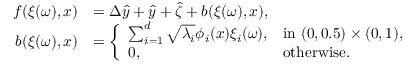
\begin{array} { r l } { f ( \xi ( \omega ) , x ) } & { = \Delta \hat { y } + \hat { y } + \hat { \zeta } + b ( \xi ( \omega ) , x ) , } \\ { b ( \xi ( \omega ) , x ) } & { = \left\{ \begin{array} { l l } { \sum _ { i = 1 } ^ { d } \sqrt { \lambda _ { i } } \phi _ { i } ( x ) \xi _ { i } ( \omega ) , } & { \mathrm { i n ~ } ( 0 , 0 . 5 ) \times ( 0 , 1 ) , } \\ { 0 , } & { \mathrm { o t h e r w i s e } . } \end{array} \right. } \end{array}